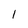
Character: l